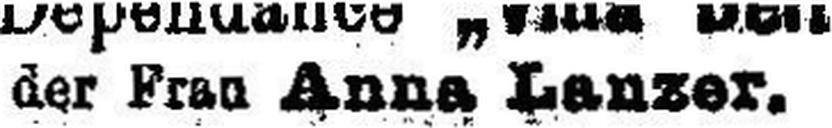
der Frau Anna Lanzer.